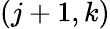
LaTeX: (j+1,k)